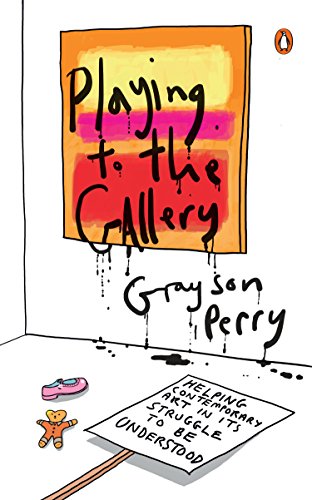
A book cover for Playing to the Gallery: Helping Contemporary Art in Its Struggle to Be Understood; Grayson Perry; Politics & Social Sciences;